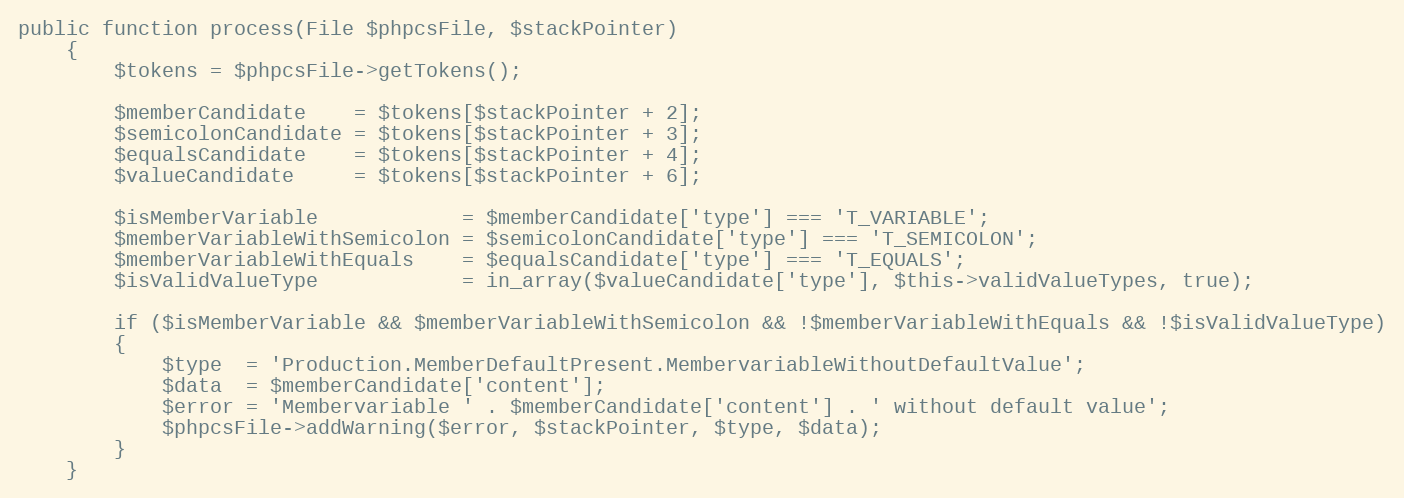
Language: PHP
public function process(File $phpcsFile, $stackPointer)
    {
        $tokens = $phpcsFile->getTokens();

        $memberCandidate    = $tokens[$stackPointer + 2];
        $semicolonCandidate = $tokens[$stackPointer + 3];
        $equalsCandidate    = $tokens[$stackPointer + 4];
        $valueCandidate     = $tokens[$stackPointer + 6];

        $isMemberVariable            = $memberCandidate['type'] === 'T_VARIABLE';
        $memberVariableWithSemicolon = $semicolonCandidate['type'] === 'T_SEMICOLON';
        $memberVariableWithEquals    = $equalsCandidate['type'] === 'T_EQUALS';
        $isValidValueType            = in_array($valueCandidate['type'], $this->validValueTypes, true);

        if ($isMemberVariable && $memberVariableWithSemicolon && !$memberVariableWithEquals && !$isValidValueType)
        {
            $type  = 'Production.MemberDefaultPresent.MembervariableWithoutDefaultValue';
            $data  = $memberCandidate['content'];
            $error = 'Membervariable ' . $memberCandidate['content'] . ' without default value';
            $phpcsFile->addWarning($error, $stackPointer, $type, $data);
        }
    }